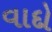
વાદો